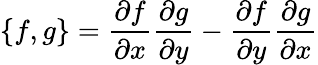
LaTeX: \left\{ f,g\right\} =\frac{\partial f}{\partial x}\frac{\partial g}{\partial y}-\frac{\partial f}{\partial y}\frac{\partial g}{\partial x}